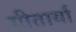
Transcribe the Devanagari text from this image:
गीतार्या